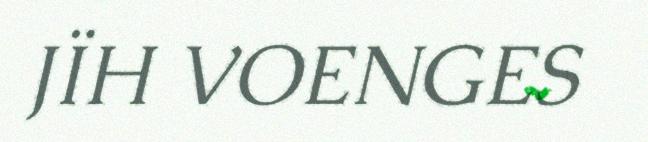
JÏH VOENGES